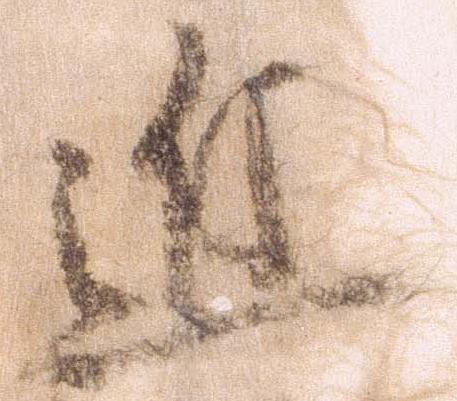
近